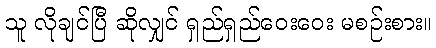
သူ လိုချင်ပြီ ဆိုလျှင် ရှည်ရှည်ဝေးဝေး မစဉ်းစား။